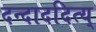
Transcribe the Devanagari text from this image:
दन्दाददित्य्